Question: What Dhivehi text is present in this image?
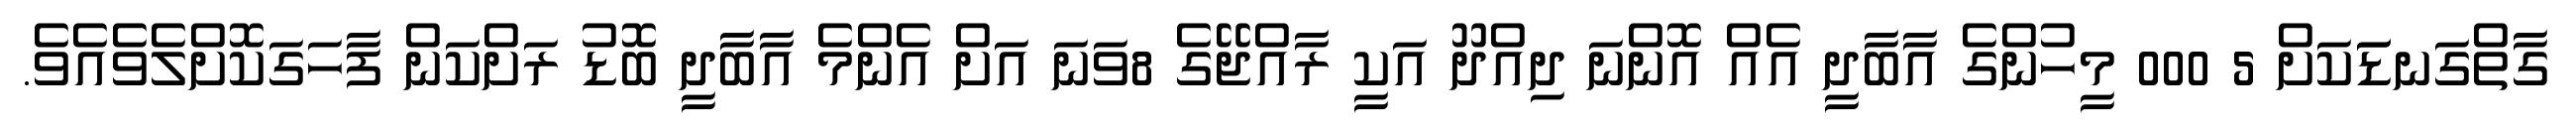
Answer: ގާތްގަނޑަަކަށް 5 000 މީހުންގެ އާބާދީ އެއް އޮންނަ ދިއްދޫ އަކީ ރާއްޖޭގެ 8ވަނަ އަށް އެންމެ އާބާދީ ބޮޑު ރަށްކަން ފާހަގަކޮށްލެވެއެވެ.